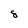
Character: 8